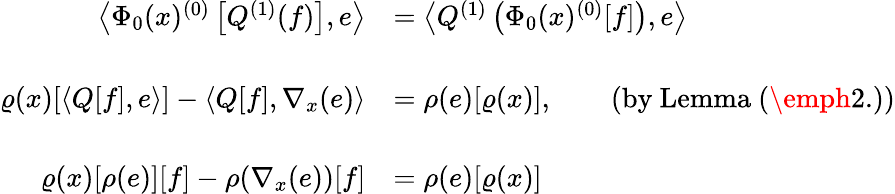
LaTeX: \begin{array}{rl}{\left\langle\Phi_{0}(x)^{(0)}\left[Q^{(1)}(f)\right],e\right\rangle}&{=\left\langle Q^{(1)}\left(\Phi_{0}(x)^{(0)}[f]\right),e\right\rangle}\\ &{}\\ {\varrho(x)[\langle Q[f],e\rangle]-\left\langle Q[f],\nabla_{x}(e)\right\rangle}&{=\rho(e)[\varrho(x)],\qquad\mathrm{(by~Lemma~(\emph{2.}))}}\\ &{}\\ {\varrho(x)[\rho(e)][f]-\rho(\nabla_{x}(e))[f]}&{=\rho(e)[\varrho(x)]}\end{array}